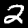
Label: 2